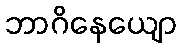
ဘာဂိနေယျော